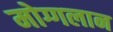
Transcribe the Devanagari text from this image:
मोग्गलान